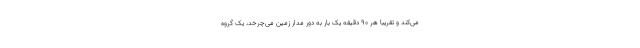
می‌کند و تقریبا هر ۹۰ دقیقه یک بار به دور مدار زمین می‌چرخد، یک گروه